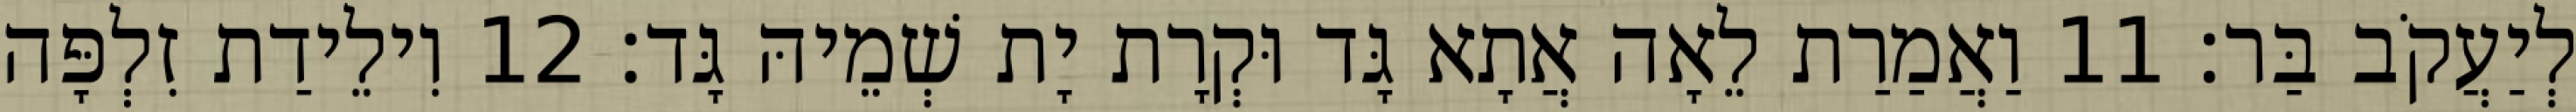
לְיַעֲקֹב בַּר׃ 11 וַאֲמַרַת לֵאָה אֲתָא גָּד וּקְרָת יָת שְׁמֵיהּ גָּד׃ 12 וִילֵידַת זִלְפָּה